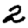
Digit: 2